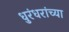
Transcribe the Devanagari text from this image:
धुरंधरांच्या